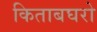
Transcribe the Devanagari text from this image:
किताबघरो